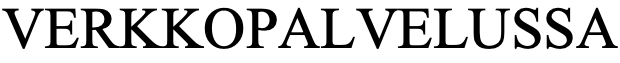
VERKKOPALVELUSSA